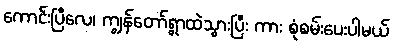
ကောင်းပြီလေ၊ ကျွန်တော်ရွာထဲသွားပြီး ကား စုံစမ်းပေးပါမယ်